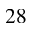
2 8